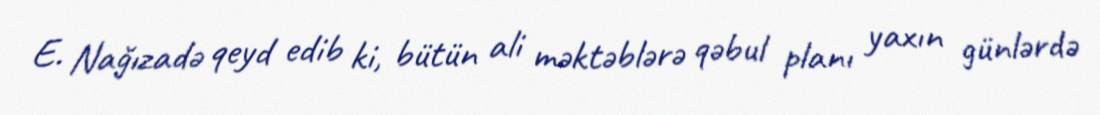
E. Nağızadə qeyd edib ki, bütün ali məktəblərə qəbul planı yaxın günlərdə